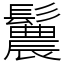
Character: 鬞